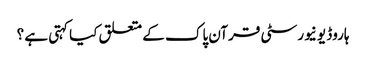
ہاروڈ یونیورسٹی قرآن پاک کے متعلق کیا کہتی ہے ؟